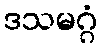
ဒသမဂ္ဂံ